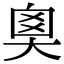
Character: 𡘻